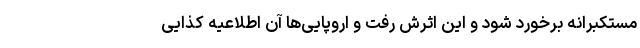
مستکبرانه برخورد شود و این اثرش رفت و اروپایی‌ها آن اطلاعیه کذایی